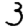
Digit: 3